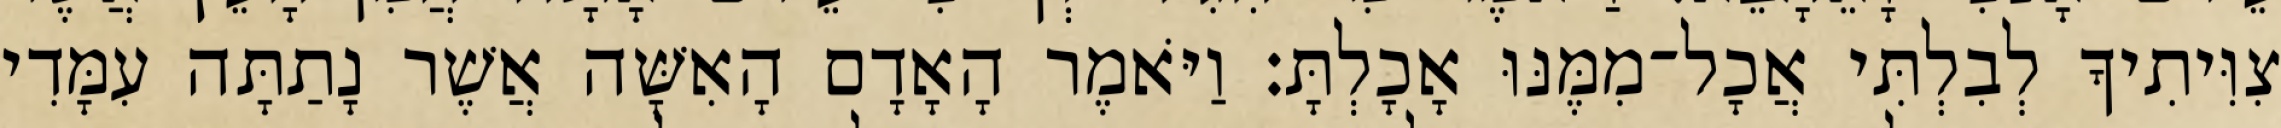
צִוִּיתִיךָ לְבִלְתִּי אֲכָל־מִמֶּנּוּ אָכָלְתָּ׃ וַיֹּאמֶר הָאָדָם הָאִשָּׁה אֲשֶׁר נָתַתָּה עִמָּדִי